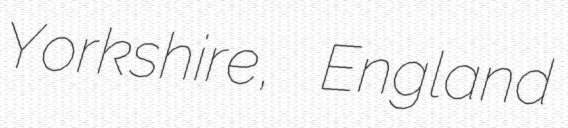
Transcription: Yorkshire, England